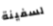
لسفينة